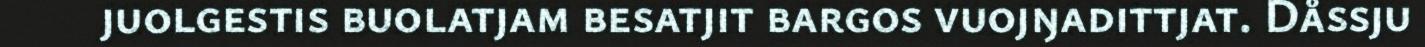
juolgestis buolatjam besatjit bargos vuojŋadittjat. Dåssju